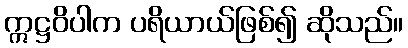
ဣဋ္ဌဝိပါက ပရိယာယ်ဖြစ်၍ ဆိုသည်။